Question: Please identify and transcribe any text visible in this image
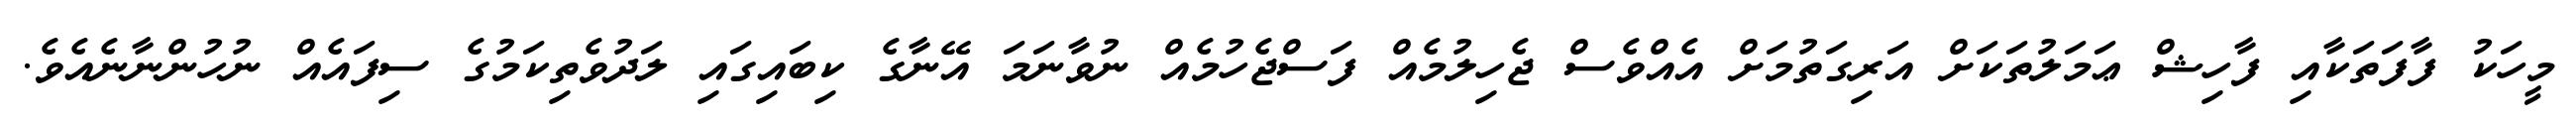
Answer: މީހަކު ފާފަތަކާއި ފާހިޝް ޢަމަލުތަކަށް އަރިގަތުމަށް އެއްވެސް ޖެހިލުމެއް ފަސްޖެހުމެއް ނުވާނަމަ އޭނާގެ ކިބައިގައި ލަދުވެތިކަމުގެ ސިފައެއް ނުހުންނާނެއެވެ.